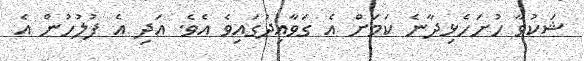
ޝަކުވާ ހުށަހެޅިދާނެ ކަމަށް އެ ގަވާއިދުގައިވެ އެވެ. އަދި އެ ފުލުހުން އެ